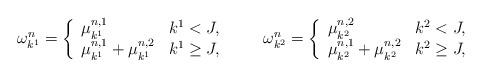
LaTeX: \begin{align*}\omega_{k^1}^{n}=\left\{\begin{array}{ll}\mu_{k^1}^{n,1} & k^1<J, \\ \mu_{k^1}^{n,1}+\mu_{k^1}^{n,2} & k^1\geq J,\end{array}\right.\qquad\omega_{k^2}^{n}=\left\{\begin{array}{ll}\mu_{k^2}^{n,2} & k^2<J, \\ \mu_{k^2}^{n,1}+\mu_{k^2}^{n,2} & k^2\geq J,\end{array}\right.\end{align*}